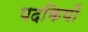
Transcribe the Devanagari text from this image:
पदकियों